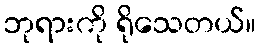
ဘုရားကို ရိုသေတယ်။